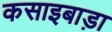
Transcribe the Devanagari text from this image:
कसाइबाड़ा